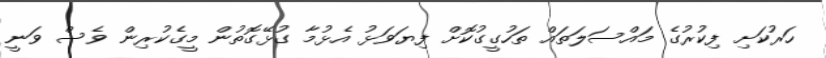
ހަރުކަށި ފިކުރުގެ މައްސަލަތައް ތަހުގީގުކޮށް ފިޔަވަޅު އެޅުމާ ގުޅޭގޮތުން މީގެކުރިން ވެސް ވަނީ